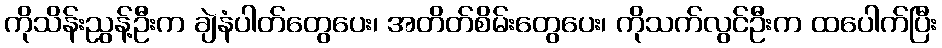
ကိုသိန်းညွန့်ဦးက ချဲနံပါတ်တွေပေး၊ အတိတ်စိမ်းတွေပေး၊ ကိုသက်လွင်ဦးက ထပေါက်ပြီး